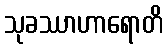
သုခဿာဟာရောတိ